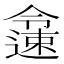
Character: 𨗜